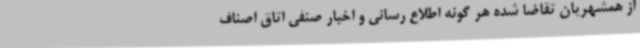
از همشهریان تقاضا شده هر گونه اطلاع رسانی و اخبار صنفی اتاق اصناف